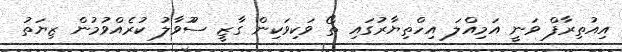
އިއުތިރާފް ވަނީ އަމިއްލަ އިހްތިޔާރުގައި ތޯ ވަކިވަކިން ގާޒީ ސުުވާލު ކުރެއްވުމުން ޒިޔަތު